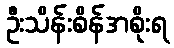
ဦးသိန်းစိန်အစိုးရ